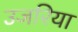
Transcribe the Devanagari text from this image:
उजरिया